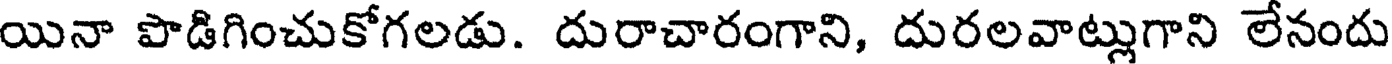
యినా పొడిగించుకోగలడు. దురాచారంగాని, దురలవాట్లుగాని లేనందు